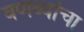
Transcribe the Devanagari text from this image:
वणव्यांचा